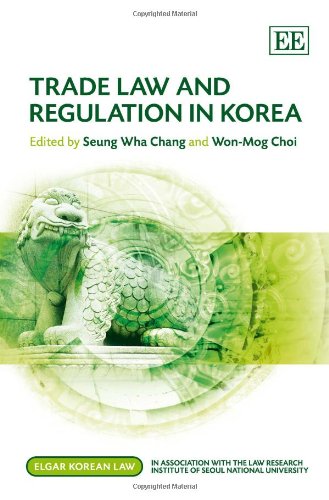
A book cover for Trade Law and Regulation in Korea (Elgar Korean Law series); Seung Wha Chang; Law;